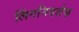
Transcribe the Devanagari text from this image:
लिंगनिदर्शक